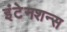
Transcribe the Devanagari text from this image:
इंटेनशन्स